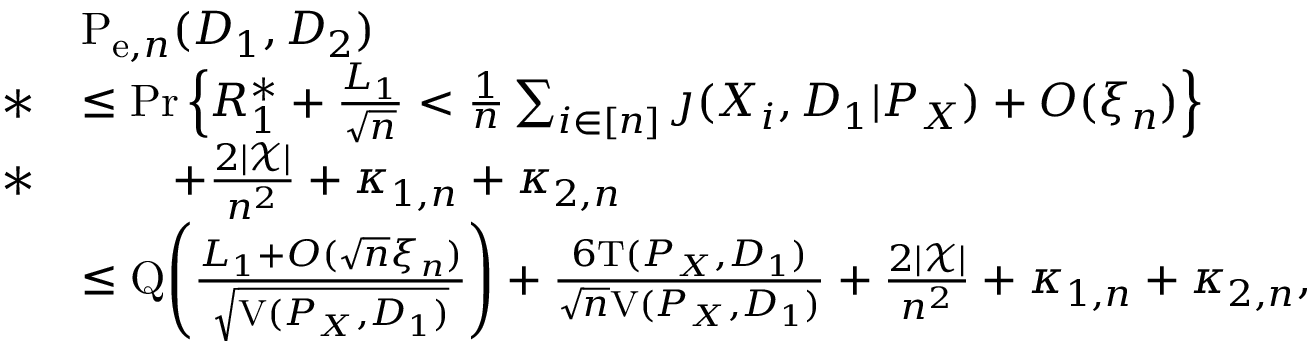
\begin{array} { r l } & { \mathrm { P } _ { \mathrm { e } , n } ( D _ { 1 } , D _ { 2 } ) } \\ { * } & { \leq \operatorname* { P r } \Big \{ R _ { 1 } ^ { * } + \frac { L _ { 1 } } { \sqrt { n } } < \frac { 1 } { n } \sum _ { i \in [ n ] } \jmath ( X _ { i } , D _ { 1 } | P _ { X } ) + O ( \xi _ { n } ) \Big \} } \\ { * } & { \qquad + \frac { 2 | \mathcal { X } | } { n ^ { 2 } } + \kappa _ { 1 , n } + \kappa _ { 2 , n } } \\ & { \leq \mathrm { Q } \Bigg ( \frac { L _ { 1 } + O ( \sqrt { n } \xi _ { n } ) } { \sqrt { \mathrm { V } ( P _ { X } , D _ { 1 } ) } } \Bigg ) + \frac { 6 \mathrm { T } ( P _ { X } , D _ { 1 } ) } { \sqrt { n } \mathrm { V } ( P _ { X } , D _ { 1 } ) } + \frac { 2 | \mathcal { X } | } { n ^ { 2 } } + \kappa _ { 1 , n } + \kappa _ { 2 , n } , } \end{array}